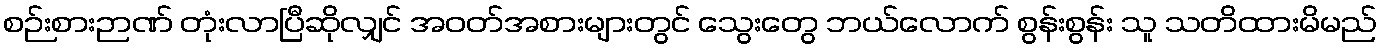
စဉ်းစားဉာဏ် တုံးလာပြီဆိုလျှင် အဝတ်အစားများတွင် သွေးတွေ ဘယ်လောက် စွန်းစွန်း သူ သတိထားမိမည်